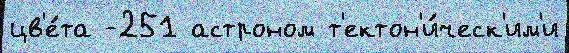
цв'е́та -251 астроном т'ектон'и́ческ'им'и